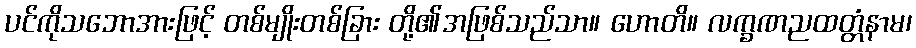
ပင်ကိုသဘောအားဖြင့် တစ်မျိုးတစ်ခြား တို့၏အဖြစ်သည်သာ။ ဟောတိ။ လက္ခဏညထတ္တံနာမ၊